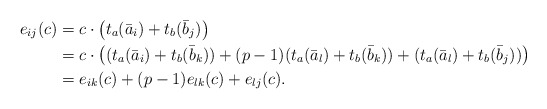
\begin{align*}e_{ij} (c)& = c \cdot \left(t_a (\bar a_i) + t_b( \bar b_j)\right) \\& = c \cdot \left((t_a (\bar a_i) + t_b( \bar b_k)) + (p-1)( t_a (\bar a_l) + t_b( \bar b_k))+ (t_a (\bar a_l) + t_b( \bar b_j))\right) \\& = e_{ik} (c)+(p-1) e_{lk}(c) +e_{lj} (c).\end{align*}